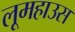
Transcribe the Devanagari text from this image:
लूमहाउस